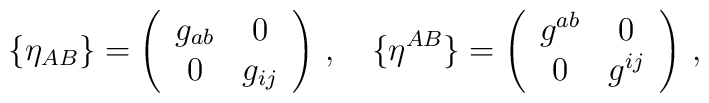
\{\eta_{AB}\}=\left(\begin{array}{cc}g_{ab}&0\\0&g_{ij}\end{array}\right)\,,\quad\{\eta^{AB}\}=\left(\begin{array}{cc}g^{ab}&0\\0&g^{ij}\end{array}\right)\,,